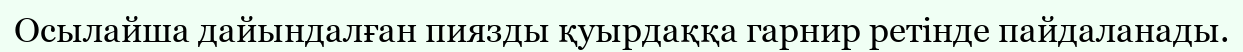
Осылайша дайындалған пиязды қуырдаққа гарнир ретінде пайдаланады.